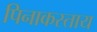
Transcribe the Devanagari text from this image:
पिनाकस्ताय